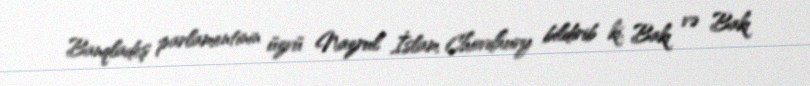
Banqladeş parlamentinin üzvü Nazrul İslam Chovdhury bildirib ki, Bakı və Bakı